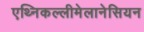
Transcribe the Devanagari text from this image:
एथ्निकल्लीमेलानेसियन